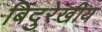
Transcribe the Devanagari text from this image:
बिंदुरेखीय